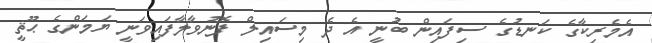
އެމެރިކާގެ ކަނޑުގެ ސިފައިން ބުނީ އެ ދެ މިސައިލް ފޮނުވާލާފައިވަނީ ޔަމަންގެ ޙޫޘީ